Annual report of the Imperial Bacteriologist
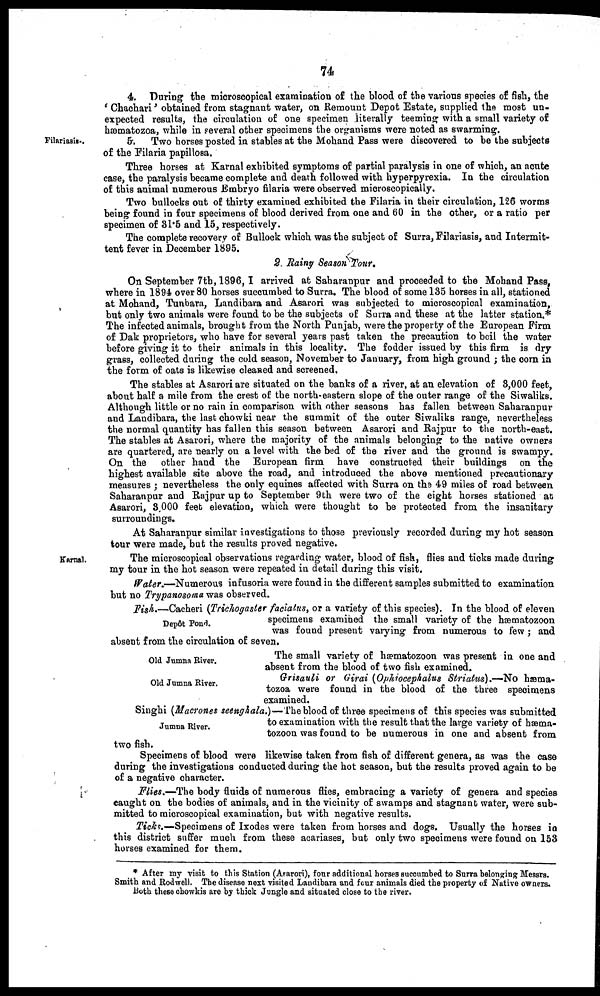
74.
Filariasis-.
4. During the microscopical examination of the blood of the various species of fish, the
' Chachari' obtained from stagnant water, on Remount Depot Estate, supplied the most un-
expected results, the circulation of one specimen literally teeming with a small variety of
hæmatozoa, while in several other specimens the organisms were noted as swarming.
5. Two horses posted in stables at the Mohand Pass were discovered to be the subjects
of the Filaria papillosa.
Three horses at Karnal exhibited symptoms of partial paralysis in one of which, an acute
case, the paralysis became complete and death followed with hyperpyrexia. In the circulation
of this animal numerous Embryo filaria were observed microscopically.
Two bullocks out of thirty examined exhibited the Filaria in their circulation, 126 worms
being found in four specimens of blood derived from one and 60 in the other, or a ratio per
specimen of 31.5 and 15, respectively.
The complete recovery of Bullock which was the subject of Surra, Filariasis, and Intermit-
tent fever in December 1895.
Karnal.
2. Rainy Season Tour.
On September 7th, 1896,I arrived at Saharanpur and proceeded to the Mohand Pass.
where in 1894 over 80 horses succumbed to Surra. The blood of some 135 horses in all, stationed
at Mohand, Tunbara, Landibara and Asarori was subjected to microscopical examination,
but only two animals were found to be the subjects of Surra and these at the latter station.*
The infected animals, brought from the North Punjab, were the property of the European Firm
of Dak proprietors, who have for several years past taken the precaution to boil the water
before giving it to their animals in this locality. The fodder issued by this firm is dry
grass, collected during the cold season, November to January, from high ground ; the corn in
the form of oats is likewise cleaned and screened.
The stables at Asarori are situated on the banks of a river, at an elevation of 3,000 feet,
about half a mile from the crest of the north-eastern slope of the outer range of the Siwaliks.
Although little or no rain in comparison with other seasons has fallen between Saharanpur
and Landibara, the last chowki near the summit of the outer Siwaliks range, nevertheless
the normal quantity has fallen this season between Asarori and Rajpur to the north-east*
The stables at Asarori, where the majority of the animals belonging to the native owners
are quartered, are nearly on a level with the bed of the river and the ground is swampy.
On the other hand the European firm have constructed their buildings on the
highest available site above the road, and introduced the above mentioned precautionary
measures ; nevertheless the only equines affected with Surra on the 49 miles of road between
Saharanpur and Rajpur up to September 9th were two of the eight horses stationed at
Asarori, 3,000 feet elevation, which were thought to be protected from the insanitary
surroundings.
At Saharanpur similar investigations to those previously recorded during my hot season
tour were made, but the results proved negative.
The microscopical observations regarding water, blood of fish, flies and ticks made during
my tour in the hot season were repeated in detail during this visit.
Water.—Numerous infusoria were found in the different samples submitted to examination
but no Trypanosoma was observed.
Depôt Pond.
Old Jumna River.
Old Jumna River.
Fish,—Cacheri (Trichogaster faciatus, or a variety of this species). In the blood of eleven
specimens examined the small variety of the hæmatozoon
was found present varying from numerous to few; and
absent from the circulation of seven.
The small variety of hæmatozoon was present in one and
absent from the blood of two fish examined.
Grisauli or Girai (Ophiocephalus Striatus).—No hæma¬
tozoa were found in the blood of the three specimens
examined.
Jumna River.
Singhi (Macrones seenghala.)—The blood of three specimens of this species was submitted
to examination with the result that the large variety of hæma-
tozoon was found to be numerous in one and absent from
two fish.
Specimens of blood were likewise taken from fish of different genera, as was the case
during the investigations conducted during the hot season, but the results proved again to be
of a negative character.
Flies.-—The body fluids of numerous flies, embracing a variety of genera and species
caught on the bodies of animals, and in the vicinity of swamps and stagnant water, were sub-
mitted to microscopical examination, but with negative results.
Ticks.—Specimens of Ixodes were taken from horses and dogs. Usually the horses in
this district suffer much from these acariases, but only two specimens were found on 153
horses examined for them.
* After my visit to this Station (Asarori), four additional horses succumbed to Surra belonging Messrs.
Smith and Rodwell. The disease next visited Landibara and four animals died the property of Native owners.
Both these chowkis are by thick Jungle and situated close to the river.